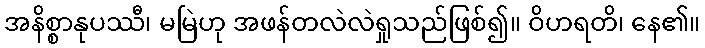
အနိစ္စာနုပဿီ၊ မမြဲဟု အဖန်တလဲလဲရှုသည်ဖြစ်၍။ ဝိဟရတိ၊ နေ၏။